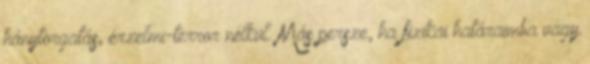
hánytorgatás, érzelmi-terror nélkül. Más persze, ha fizikai határaimba vagy